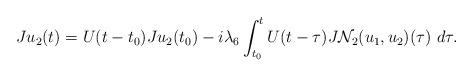
LaTeX: \begin{align*} J u_2(t) = U(t-t_0)Ju_2(t_0) - i \lambda_6 \int^t_{t_0} U(t-\tau) J\mathcal{N}_2(u_1, u_2)(\tau) \ d\tau.\end{align*}